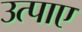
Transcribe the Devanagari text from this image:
उत्पाए